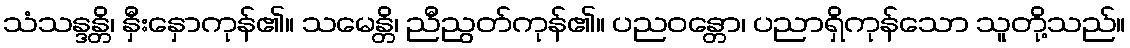
သံသန္ဒန္တိ၊ နှီးနှောကုန်၏။ သမေန္တိ၊ ညီညွတ်ကုန်၏။ ပညဝန္တော၊ ပညာရှိကုန်သော သူတို့သည်။